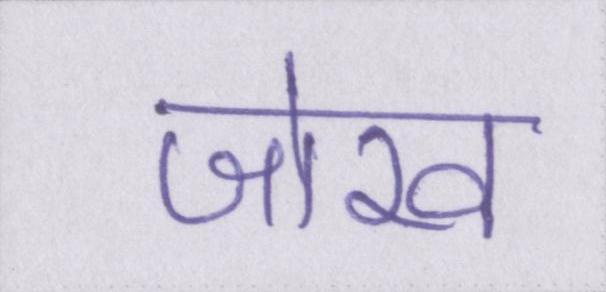
जोख